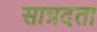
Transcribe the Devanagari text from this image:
सान्रदता